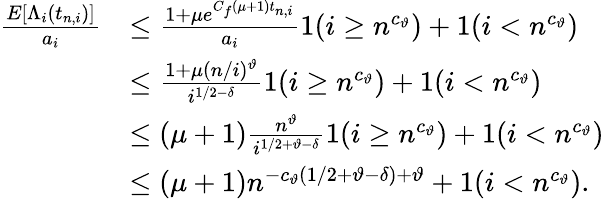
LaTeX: \begin{array}{rl}{\frac{E[\Lambda_{i}(t_{n,i})]}{a_{i}}}&{\leq\frac{1+\mu e^{C_{f}(\mu+1)t_{n,i}}}{a_{i}}1(i\geq n^{c_{\vartheta}})+1(i<n^{c_{\vartheta}})}\\ &{\leq\frac{1+\mu(n/i)^{\vartheta}}{i^{1/2-\delta}}1(i\geq n^{c_{\vartheta}})+1(i<n^{c_{\vartheta}})}\\ &{\leq(\mu+1)\frac{n^{\vartheta}}{i^{1/2+\vartheta-\delta}}1(i\geq n^{c_{\vartheta}})+1(i<n^{c_{\vartheta}})}\\ &{\leq(\mu+1)n^{-c_{\vartheta}(1/2+\vartheta-\delta)+\vartheta}+1(i<n^{c_{\vartheta}}).}\end{array}